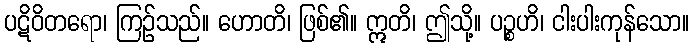
ပဋိဝိတရော၊ ကြဉ်သည်။ ဟောတိ၊ ဖြစ်၏။ ဣတိ၊ ဤသို့။ ပဉ္စဟိ၊ ငါးပါးကုန်သော။